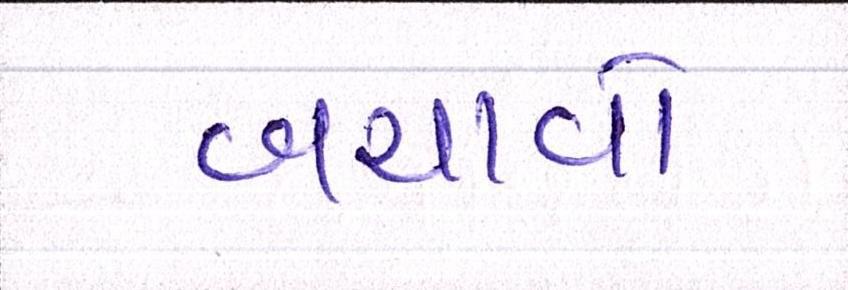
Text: બચાવો